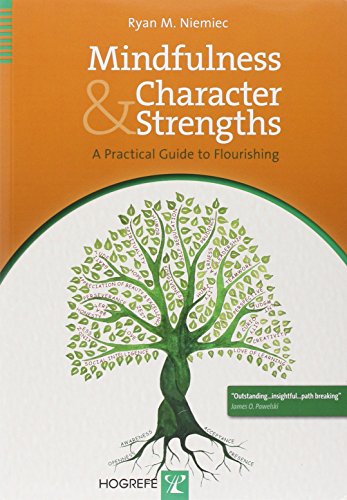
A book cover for Mindfulness and Character Strengths A Practical Guide to Flourishing; Ryan M. Niemiec; Medical Books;